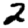
Digit: 2